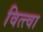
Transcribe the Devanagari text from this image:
वित्त्वा